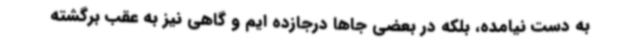
به دست نیامده، بلکه در بعضی جاها درجازده ایم و گاهی نیز به عقب برگشته